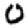
Digit: 0